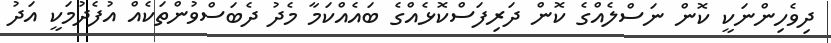
ދިވެހިންނަކީ ކޮން ނަސްލެއްގެ ކޮން ދަރިފަސްކޮޅެއްގެ ބައެއްކަމާ މެދު ދެބަސްވުންތަކެއް އުފެދުމަކީ އަދު